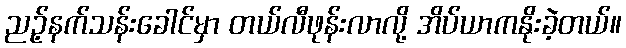
ညဥ့်နက်သန်းခေါင်မှာ တယ်လီဖုန်းလာလို့ အိပ်ယာကနိုးခဲ့တယ်။